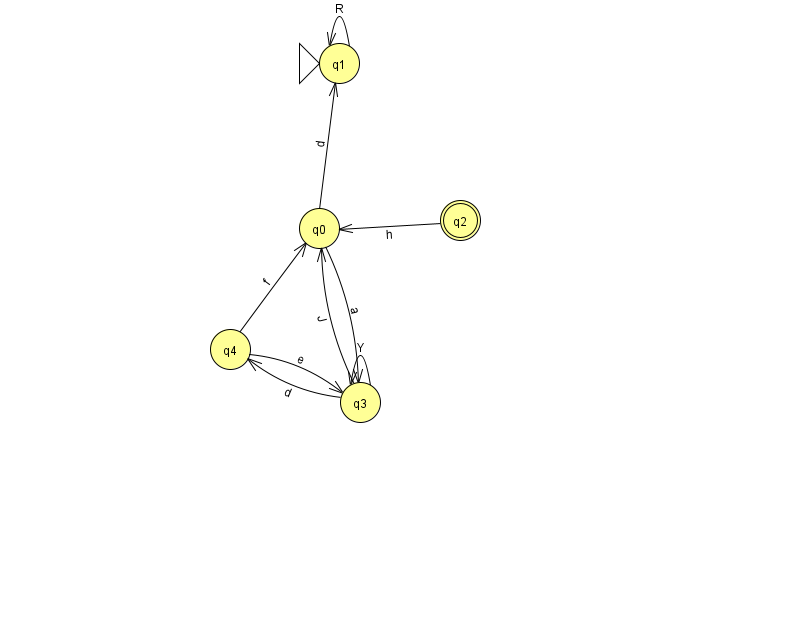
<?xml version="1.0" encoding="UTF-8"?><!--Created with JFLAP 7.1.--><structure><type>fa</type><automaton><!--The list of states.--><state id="0" name="q0"><x>319.0</x><y>215.0</y></state><state id="1" name="q1"><x>339.0</x><y>50.0</y><initial/></state><state id="2" name="q2"><x>460.0</x><y>207.0</y><final/></state><state id="3" name="q3"><x>360.0</x><y>389.0</y></state><state id="4" name="q4"><x>230.0</x><y>336.0</y></state><!--The list of transitions.--><transition><from>1</from><to>1</to><read>R</read></transition><transition><from>4</from><to>3</to><read>e</read></transition><transition><from>2</from><to>0</to><read>h</read></transition><transition><from>3</from><to>4</to><read>d</read></transition><transition><from>0</from><to>3</to><read>a</read></transition><transition><from>4</from><to>0</to><read>f</read></transition><transition><from>3</from><to>3</to><read>Y</read></transition><transition><from>0</from><to>1</to><read>d</read></transition><transition><from>3</from><to>0</to><read>J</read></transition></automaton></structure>